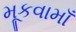
મૂકવામાઁ